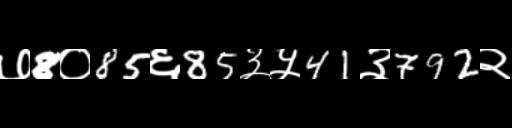
Text: ७8०85६85३५41३792२